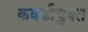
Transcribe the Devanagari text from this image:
कवडीयुक्‍त